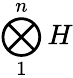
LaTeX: \bigotimes_{1}^{n}H